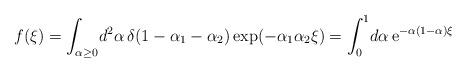
LaTeX: \begin{align*}f(\xi)=\int_{\alpha\geq0}\!d^2\alpha\,\delta(1-\alpha_1-\alpha_2)\exp(-\alpha_1\alpha_2\xi)=\int^1_0\!d\alpha\,{\rm e}^{-\alpha(1-\alpha)\xi}\end{align*}